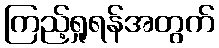
ကြည့်ရှုရန်အတွက်